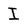
Character: I